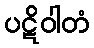
ပဋိဝါတံ